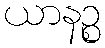
ယာနဉ္စ